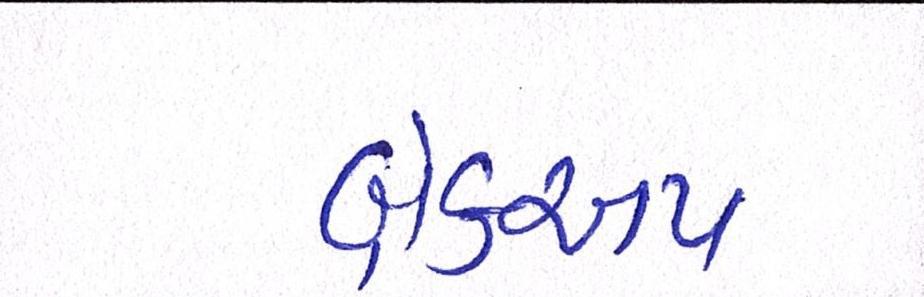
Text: બ્રેકઅપ